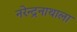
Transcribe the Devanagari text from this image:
नरेन्द्रनाथाला